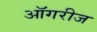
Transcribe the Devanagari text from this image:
ऑगरीज